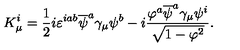
K _ { \mu } ^ { i } = \frac 1 2 i \varepsilon ^ { i a b } \overline { { \psi } } ^ { a } \gamma _ { \mu } \psi ^ { b } - i { \frac { \varphi ^ { a } \overline { { \psi } } ^ { a } \gamma _ { \mu } \psi ^ { i } } { \sqrt { 1 - { \varphi } ^ { 2 } } } } .